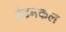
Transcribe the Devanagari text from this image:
हेइनकल